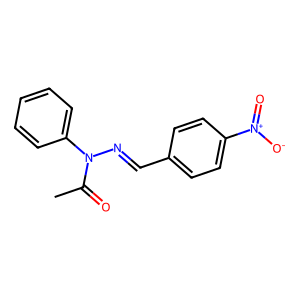
SMILES: CC(=O)N(N=Cc1ccc([N+](=O)[O-])cc1)c1ccccc1
Inhibits HIV replication: No